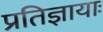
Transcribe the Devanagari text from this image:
प्रतिज्ञायाः